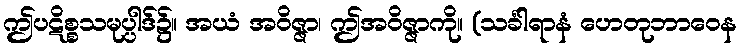
ဤပဋိစ္စသမုပ္ပါဒ်၌။ အယံ အဝိဇ္ဇာ၊ ဤအဝိဇ္ဇာကို။ (သင်္ခါရာနံ ဟေတုဘာဝေန